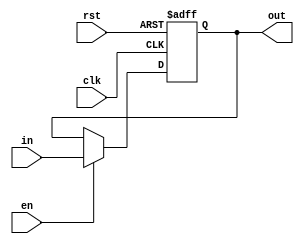
module Register(
	input clk, rst,
	input [31:0]in,
	input en,
	output reg [31:0]out
);

always @(posedge clk or negedge rst)
begin

	if (rst == 1'b0)
	begin
		out <= 32'd0;
	end
	else if (en == 1'b1)
	begin
		out <= in;
	end

end

endmodule